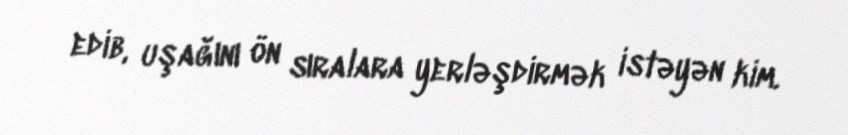
edib, uşağını ön sıralara yerləşdirmək istəyən kim.